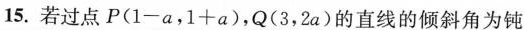
15.若过点P($$1-a$$，$$1+a$$)，Q(3，2a)的直线的倾斜角为钝